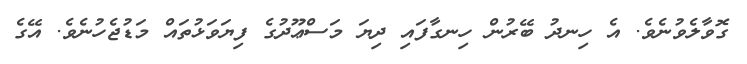
ގޮވާލެވުނެވެ. އެ ހިނދު ބޭރުން ހިނގާފައި ދިޔަ މަސްޢޫދުގެ ފިޔަވަޅުތައް މަޑުޖެހުނެވެ. އޭގެ